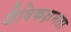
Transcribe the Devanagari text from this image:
जैविकक्षमता